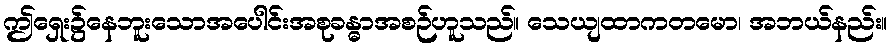
ဤရှေး၌နေဘူးသောအပေါင်းအစုခန္ဓာအစဉ်ဟူသည်။ သေယျထာကတမော၊ အဘယ်နည်း။